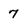
Character: 7